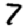
Digit: 7